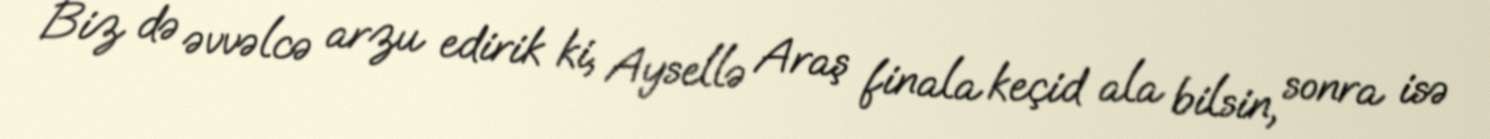
Biz də əvvəlcə arzu edirik ki, Aysellə Araş finala keçid ala bilsin, sonra isə